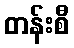
တန်းစီ